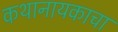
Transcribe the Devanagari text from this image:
कथानायकाचा